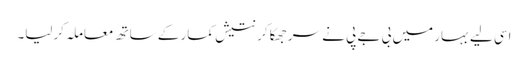
اسی لیے بہار میں بی جے پی نے سر جھکا کر نتیش کمار کے ساتھ معاملہ کرلیا۔